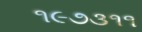
૧૯૭૩૧૧